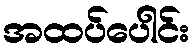
အထပ်ပေါင်း